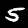
Label: 5